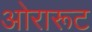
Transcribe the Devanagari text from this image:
ओरारूट